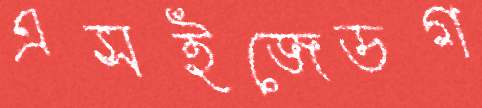
এসইজেডগ